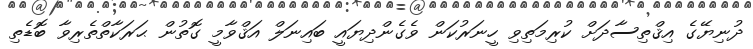
ދުނިޔޭގެ އިޤްތިސާދަށް ކުރިމަތިވި ހީނަރުކަން ވެގެންދިޔައީ ބައިނަލް އަޤްވާމީ ގޮތުން ޙަރަކާތްތެރިވާ ބޮޑެތި